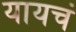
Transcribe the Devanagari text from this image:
यायचं